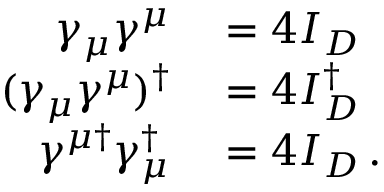
\begin{array} { r l } { \gamma _ { \mu } \gamma ^ { \mu } } & { { } = 4 I _ { D } } \\ { ( \gamma _ { \mu } \gamma ^ { \mu } ) ^ { \dagger } } & { { } = 4 I _ { D } ^ { \dagger } } \\ { \gamma ^ { \mu \dagger } \gamma _ { \mu } ^ { \dagger } } & { { } = 4 I _ { D } \, . } \end{array}